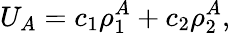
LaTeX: U_{A}=c_{1}\rho_{1}^{A}+c_{2}\rho_{2}^{A},